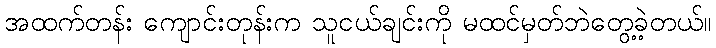
အထက်တန်း ကျောင်းတုန်းက သူငယ်ချင်းကို မထင်မှတ်ဘဲတွေ့ခဲ့တယ်။